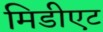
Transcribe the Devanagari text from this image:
मिडीएट